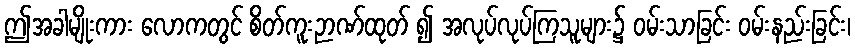
ဤအခါမျိုးကား လောကတွင် စိတ်ကူးဉာဏ်ထုတ် ၍ အလုပ်လုပ်ကြသူများ၌ ဝမ်းသာခြင်း ဝမ်းနည်းခြင်း၊